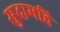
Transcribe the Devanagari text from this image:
सुदामहि